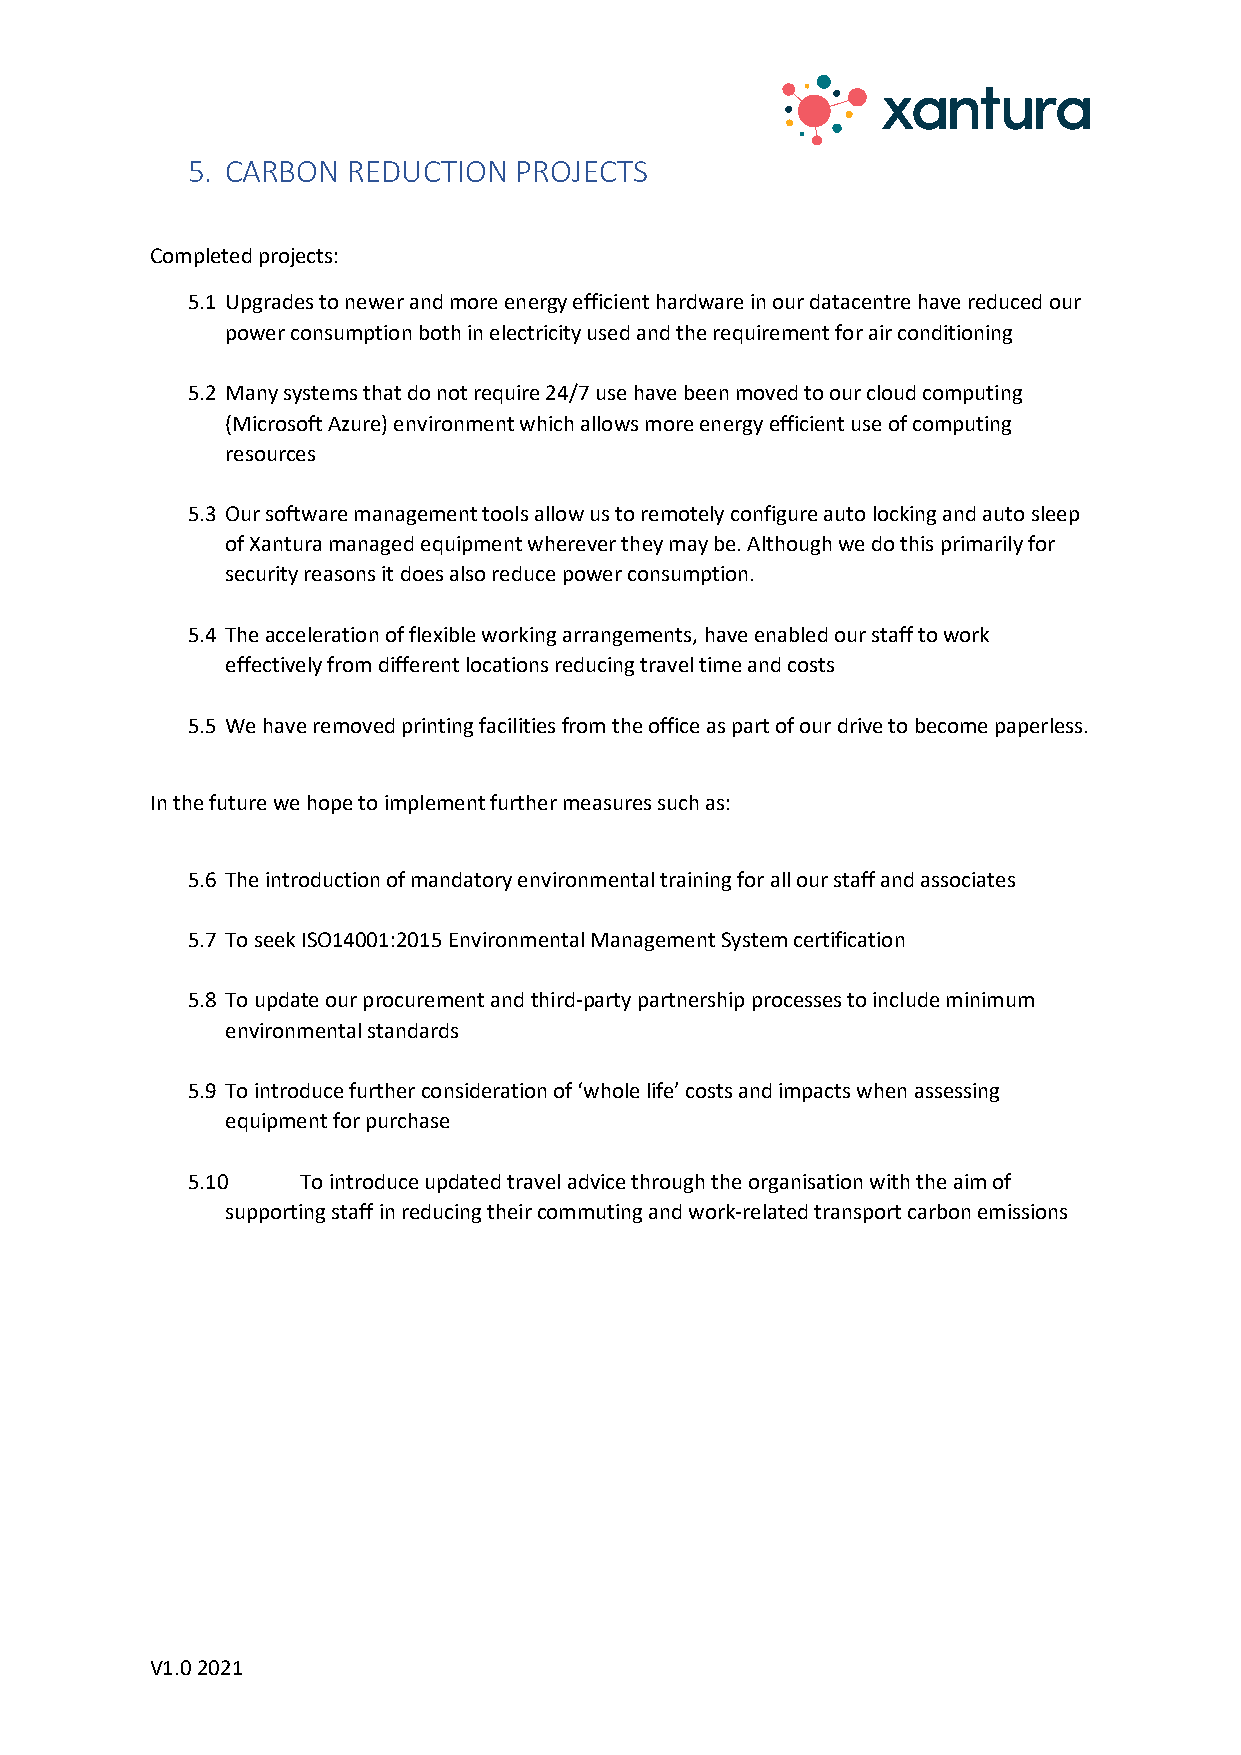
5. CARBON  REDUCTION  PROJECTS
 Completed projects:
 5.1 Upgrades to newer and more energy efficient hardware in our datacentre have reduced our
 power consumption both in electricity used and the requirement for air conditioning
 5.2 Many systems that do not require 24/7 use have been moved to our cloud computing
 (Microsoft Azure) environment which allows more energy efficient use of computing
 resources
 5.3 Our software management tools allow us to remotely configure auto locking and auto sleep
 of Xantura managed equipment wherever they may be. Although we do this primarily for
 security reasons it does also reduce power consumption.
 5.4 The acceleration of flexible working arrangements, have enabled our staff to work
 effectively from different locations reducing travel time and costs
 5.5 We have removed printing facilities from the office as part of our drive to become paperless.
 In the future we hope to implement further measures such as:
 5.6 The introduction of mandatory environmental training for all our staff and associates
 5.7 To seek ISO14001:2015 Environmental Management System certification
 5.8 To update our procurement and third-party partnership processes to include minimum
 environmental standards
 5.9 To introduce further consideration of ‘whole life’ costs and impacts when assessing
 equipment for purchase
 5.10    To introduce updated travel advice through the organisation with the aim of
 supporting staff in reducing their commuting and work-related transport carbon emissions
 V1.0 2021